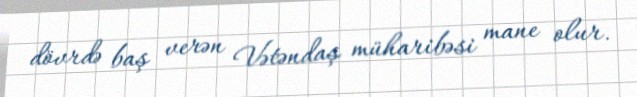
dövrdə baş verən Vətəndaş müharibəsi mane olur.